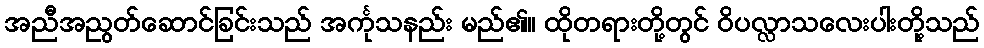
အညီအညွတ်ဆောင်ခြင်းသည် အင်္ကုသနည်း မည်၏။ ထိုတရားတို့တွင် ဝိပလ္လာသလေးပါးတို့သည်